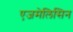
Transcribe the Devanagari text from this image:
एजमेलिसिन